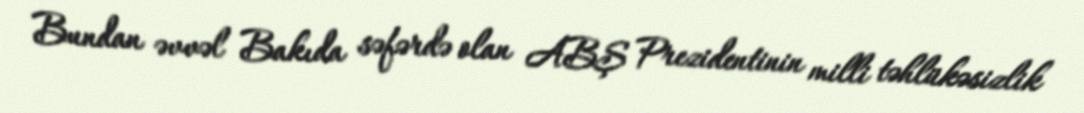
Bundan əvvəl Bakıda səfərdə olan ABŞ Prezidentinin milli təhlükəsizlik